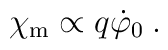
\chi_{\rm m} \propto q \dot{\varphi}_0 \:.